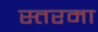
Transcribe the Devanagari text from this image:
स्तरमा